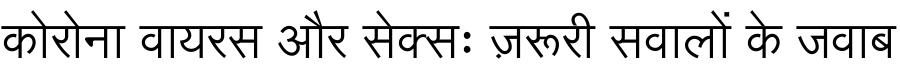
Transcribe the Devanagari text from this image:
कोरोना वायरस और सेक्सः ज़रूरी सवालों के जवाब